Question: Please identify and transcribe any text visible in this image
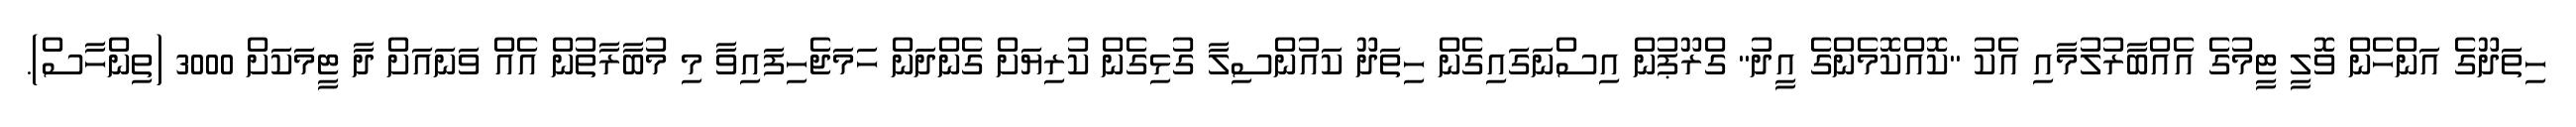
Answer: ހިތަދޫގެ އަންހެން ވޮލީ ޓީމުގެ އެއްބާރުލުމާއި އެކު "ކޮއްކޮމެންގެ އީދު" ގްރޫޕުން އިސްނަގައިގެން ހިތަދޫ ކައުންސިލާ ގުޅިގެން ކުރިޔަށް ގެންދަން ހަމަޖެހިފައިވާ މި މުބާރާތުން އެއް ވަނައަށް ދާ ޓީމަކަށް 3000 (ތިންހާސް).